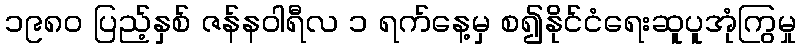
၁၉၈၀ ပြည့်နှစ် ဇန်နဝါရီလ ၁ ရက်နေ့မှ စ၍နိုင်ငံရေးဆူပူအုံကြွမှု